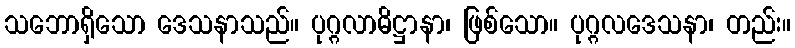
သဘောရှိသော ဒေသနာသည်။ ပုဂ္ဂလာဓိဋ္ဌာနာ၊ ဖြစ်သော။ ပုဂ္ဂလဒေသနာ၊ တည်း။